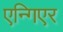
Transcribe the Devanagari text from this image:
एन्गिएर